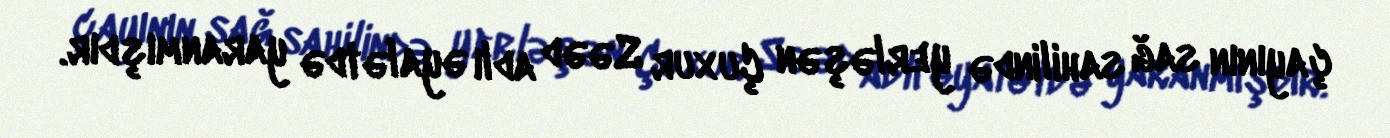
çayının sağ sahilində yerləşən Çuxur Səəd adlı əyalətdə yaranmışdır.